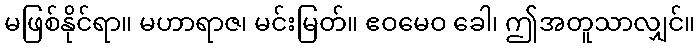
မဖြစ်နိုင်ရာ။ မဟာရာဇ၊ မင်းမြတ်။ ဧဝမေဝ ခေါ၊ ဤအတူသာလျှင်။